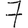
Digit: 7